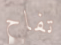
تفاح